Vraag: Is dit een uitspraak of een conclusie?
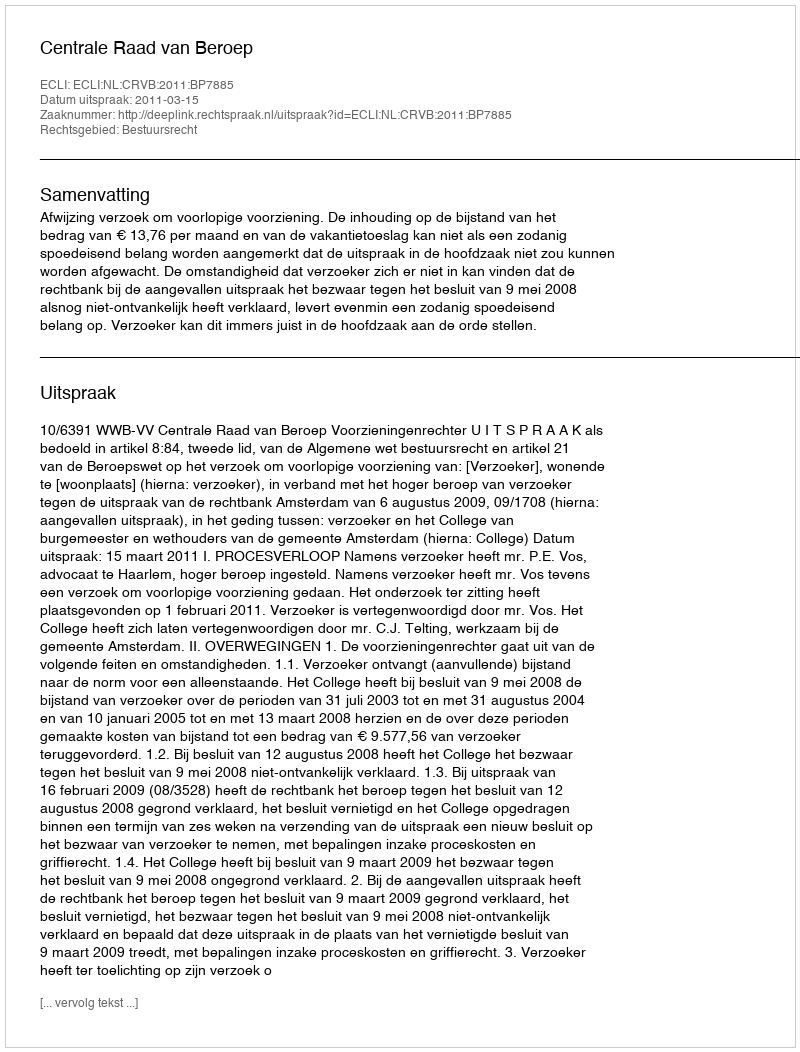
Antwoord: Uitspraak